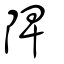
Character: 陴